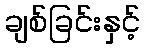
ချစ်ခြင်းနှင့်